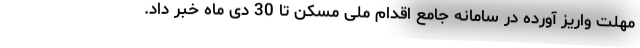
مهلت واریز آورده در سامانه جامع اقدام ملی مسکن تا 30 دی ماه خبر داد.